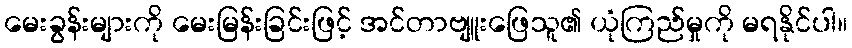
မေးခွန်းများကို မေးမြန်းခြင်းဖြင့် အင်တာဗျူးဖြေသူ၏ ယုံကြည်မှုကို မရနိုင်ပါ။